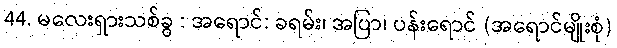
44. မလေးရှားသစ်ခွ : အရောင်: ခရမ်း၊ အပြာ၊ ပန်းရောင် (အရောင်မျိုးစုံ)